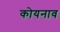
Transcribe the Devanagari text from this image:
कोयनाव